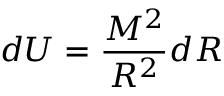
d U = { \frac { M ^ { 2 } } { R ^ { 2 } } } d R